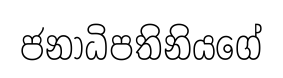
ජනාධිපතිනියගේ